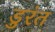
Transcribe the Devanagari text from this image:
डुरंत